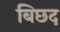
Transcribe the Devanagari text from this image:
बिछद